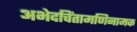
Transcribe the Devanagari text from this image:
अभेदचिंतामणिनामक